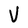
Character: V